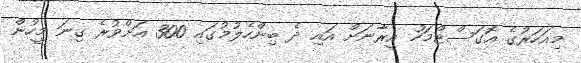
މިއަހަރުގެ އޮގަސްޓްމަހު އީރާނަށް އައި ދެ ބިންހެލުމުގައި 300 އަށްވުރެ ގިނަ މީހުން